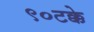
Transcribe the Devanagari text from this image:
९०टक्के